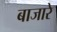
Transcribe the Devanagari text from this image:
बाजारे